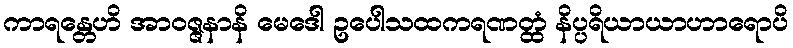
ကာရန္တေဟိ အာဝဇ္ဇနာနိ မေဒေါ ဥပေါသထကရဏတ္ထံ နိပ္ပရိယာယာဟာရောပိ